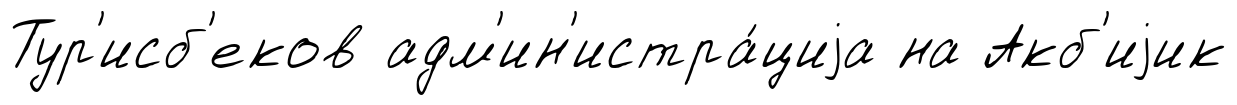
Тур'исб'еков адм'ин'истра́циjа на Акб'иjик